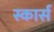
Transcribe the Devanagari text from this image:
स्कार्स